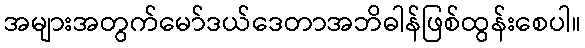
အများအတွက်မော်ဒယ်ဒေတာအဘိဓါန်ဖြစ်ထွန်းစေပါ။